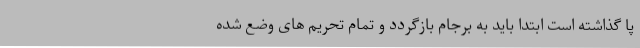
پا گذاشته است ابتدا باید به برجام بازگردد و تمام تحریم های وضع شده